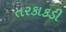
તરકાકડી